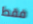
فقط